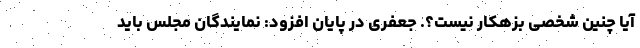
آیا چنین شخصی بزهکار نیست؟. جعفری در پایان افزود: نمایندگان مجلس باید